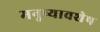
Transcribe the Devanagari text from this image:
मनुष्यावशेष